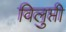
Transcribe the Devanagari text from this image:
विलुप्ती